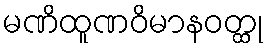
မဏိထူဏဝိမာနဝတ္ထု